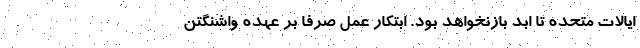
ایالات متحده تا ابد بازنخواهد بود. ابتکار عمل صرفا بر عهده واشنگتن